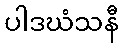
ပါဒဃံသနီ